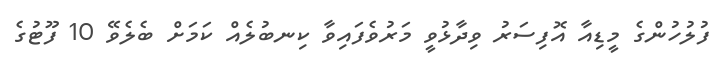
ފުލުހުންގެ މީޑިއާ އޮފިސަރު ވިދާޅުވީ މަރުވެފައިވާ ކިނބުލެއް ކަމަށް ބެލެވޭ 10 ފޫޓުގެ